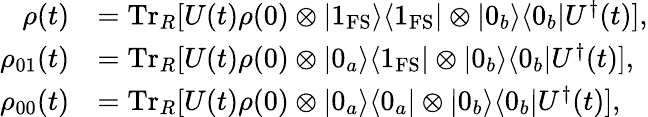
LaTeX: \begin{array}{rl}{\rho(t)}&{=\mathrm{Tr}_{R}[U(t)\rho(0)\otimes|1_{\mathrm{FS}}\rangle\langle 1_{\mathrm{FS}}|\otimes|0_{b}\rangle\langle 0_{b}|U^{\dagger}(t)],}\\ {\rho_{01}(t)}&{=\mathrm{Tr}_{R}[U(t)\rho(0)\otimes|0_{a}\rangle\langle 1_{\mathrm{FS}}|\otimes|0_{b}\rangle\langle 0_{b}|U^{\dagger}(t)],}\\ {\rho_{00}(t)}&{=\mathrm{Tr}_{R}[U(t)\rho(0)\otimes|0_{a}\rangle\langle 0_{a}|\otimes|0_{b}\rangle\langle 0_{b}|U^{\dagger}(t)],}\end{array}